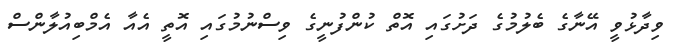
ވިދާޅުވީ އޭނާގެ ބެލުމުގެ ދަށުގައި އޮތް ކުންފުނީގެ ވިސްނުމުގައި އޮތީ އެއާ އެމްބިއުލާންސް